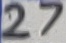
Text: 27